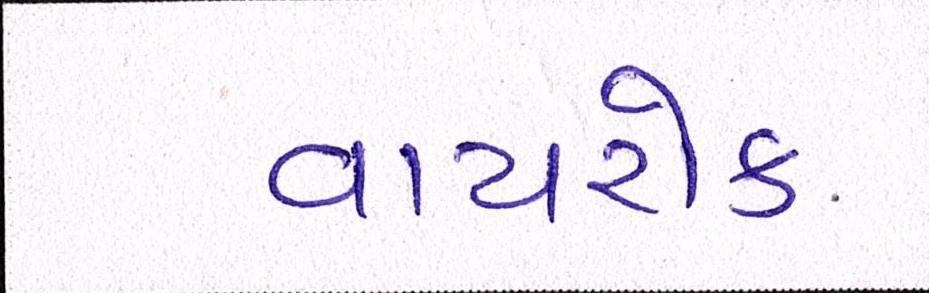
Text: વાયરોક